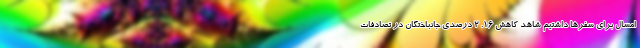
امسال برای سفرها داشتیم شاهد کاهش ۱۶. ۲ درصدی جانباختگان در تصادفات